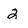
Character: 2